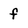
Character: f